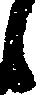
候